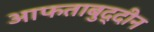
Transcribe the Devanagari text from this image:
आफताबुद्दीन